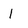
Character: 1